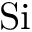
\mathrm { S i }